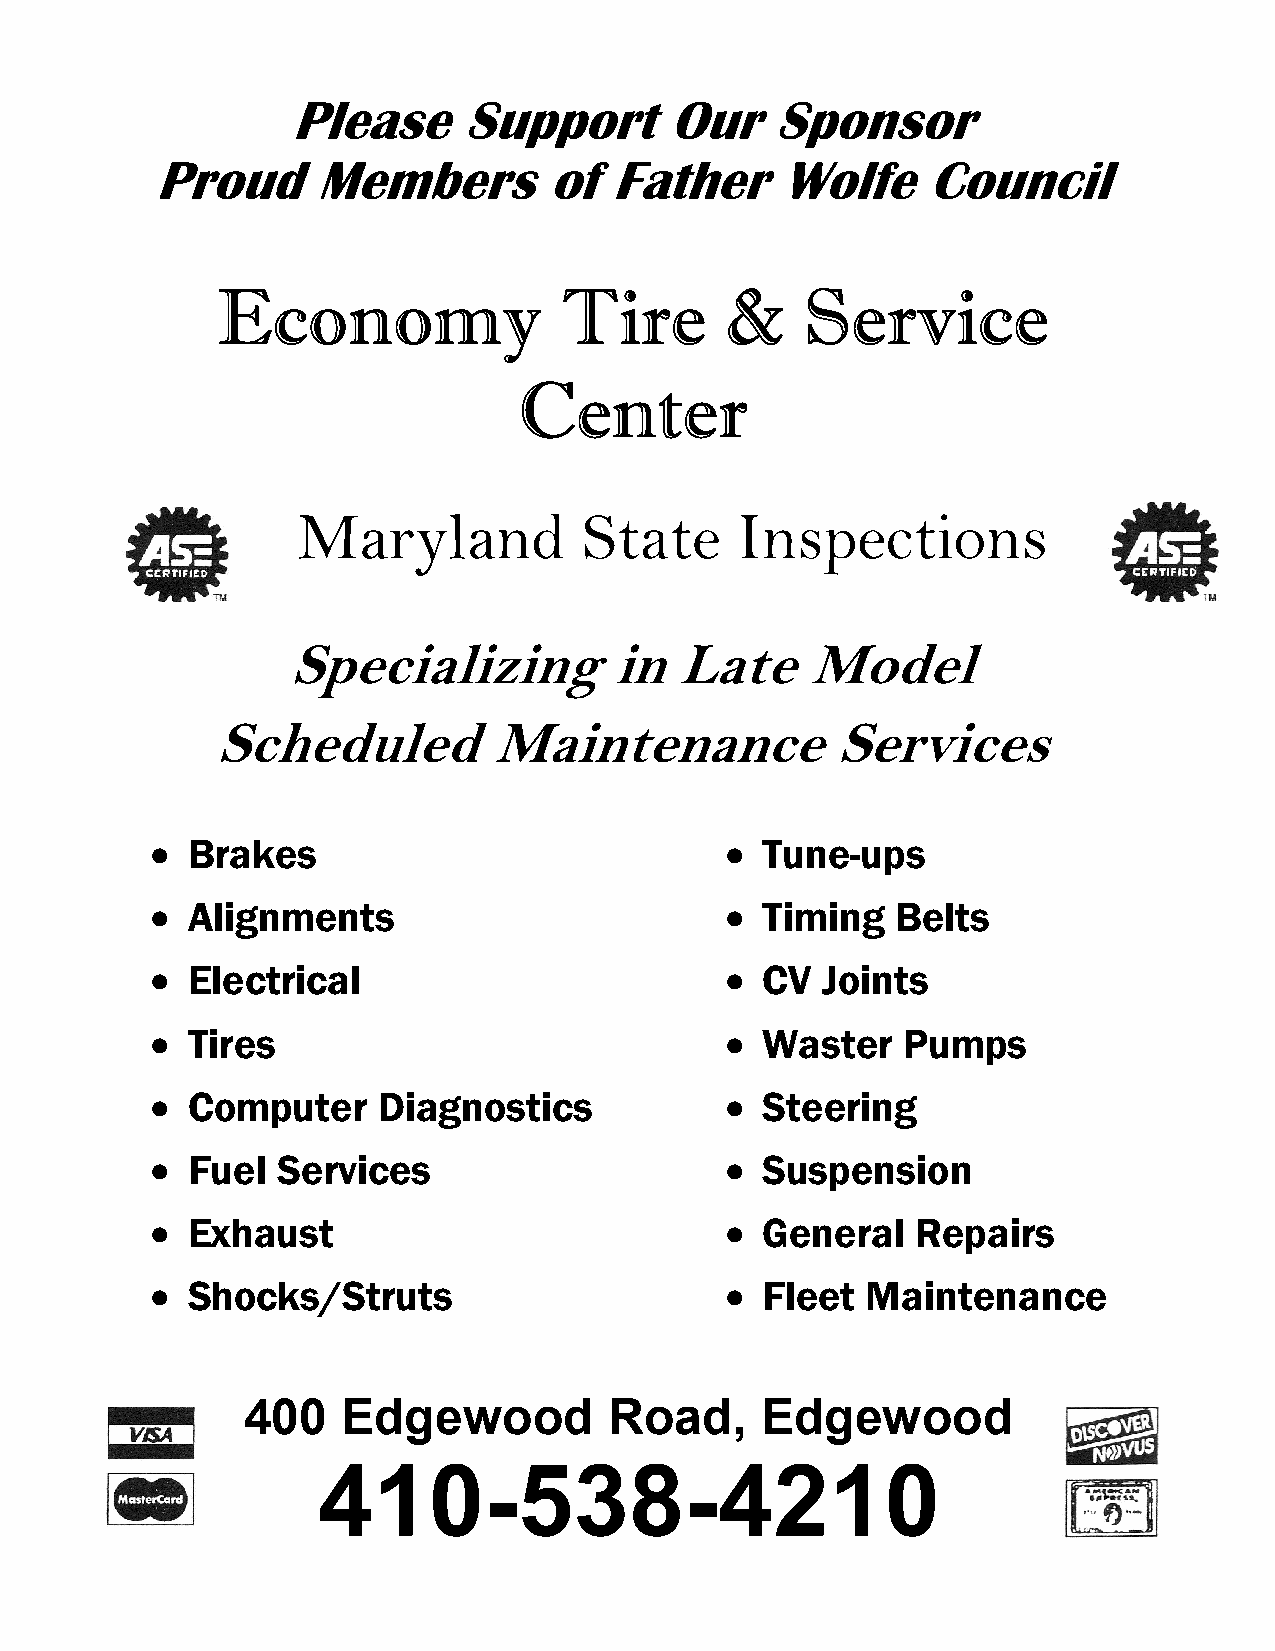
Please      Support      Our    Sponsor
 Proud      Members        of  Father      Wolfe    Council
 EEEEccccoooonnnnoooommmmyyyy TTTTiiiirrrreeee &&&& SSSSeeeerrrrvvvviiiicccceeee
 CCCCeeeennnntttteeeerrrr
 Maryland           State     Inspections
 Specializing         in   Late    Model
 Scheduled         Maintenance            Services
 •                                     •
 Brakes                                Tune-ups
 •                                     •
 Alignments                            Timing   Belts
 •                                     •
 Electrical                            CV  Joints
 •                                     •
 Tires                                 Waster    Pumps
 •                                     •
 Computer     Diagnostics              Steering
 •                                     •
 Fuel  Services                        Suspension
 •                                     •
 Exhaust                               General    Repairs
 •                                     •
 Shocks/Struts                         Fleet  Maintenance
 400    Edgewood         Road,     Edgewood
 410-538-4210